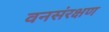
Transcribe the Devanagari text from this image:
वनसंरक्षण